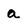
Character: a